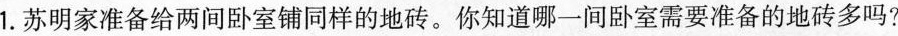
1.苏明家准备给两间卧室铺同样的地砖。你知道哪一间卧室需要准备的地砖多吗?